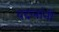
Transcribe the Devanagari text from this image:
बदलांनी